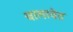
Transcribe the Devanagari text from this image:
चालावेत